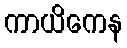
ကာယိကေန